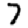
Digit: 7